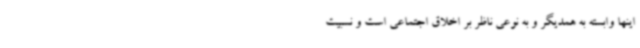
اینها وابسته به همدیگر و به نوعی ناظر بر اخلاق اجتماعی است و نسبیت